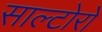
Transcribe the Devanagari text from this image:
साल्टोरो